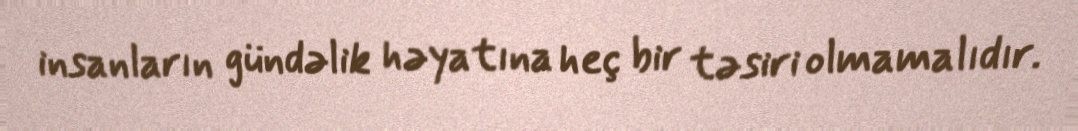
insanların gündəlik həyatına heç bir təsiri olmamalıdır.